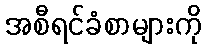
အစီရင်ခံစာများကို